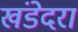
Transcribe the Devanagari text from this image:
खंडेदरा